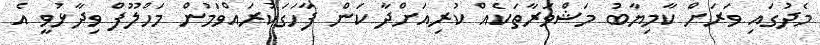
މެދުގައި ވަރަށް ކާމިޔާބު މަޝްވަރާތަކެއް ކުރިއަށްދާ ކަން ފާހަގަކުރައްވަމުން މަހްލޫފް ވިދާޅުވީ އެ